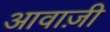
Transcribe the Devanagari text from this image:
आवाज़ी